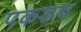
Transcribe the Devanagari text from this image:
पकडच